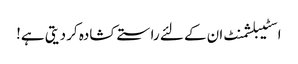
اسٹیبلشمنٹ ان کے لئے راستے کشادہ کر دیتی ہے!